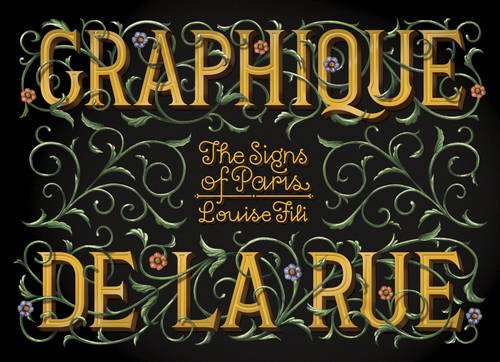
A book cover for Graphique de la Rue: The Signs of Paris; Louise Fili; Arts & Photography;